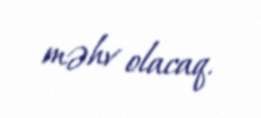
məhv olacaq.